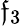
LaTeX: \mathfrak{f}_{3}